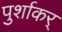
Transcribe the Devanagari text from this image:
पुर्शाकर्